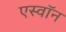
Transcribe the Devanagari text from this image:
एस्वॉन